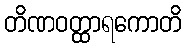
တိဏဝတ္ထာရကောတိ